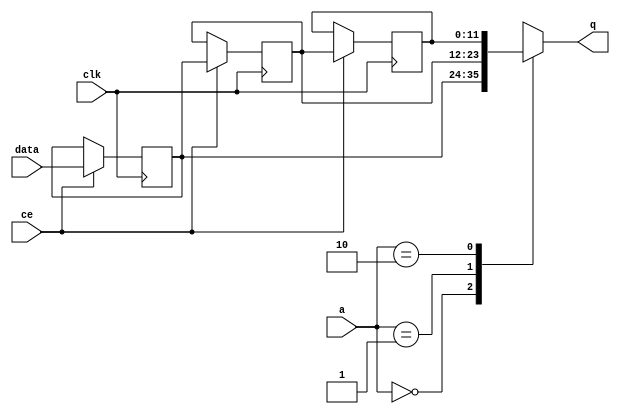
// ==============================================================
// File generated by Vivado(TM) HLS - High-Level Synthesis from C, C++ and SystemC
// Version: 2013.2
// Copyright (C) 2013 Xilinx Inc. All rights reserved.
// 
// ==============================================================


`timescale 1 ns / 1 ps

module FIFO_image_filter_p_dst_cols_V_channel_shiftReg (
    clk,
    data,
    ce,
    a,
    q);

parameter DATA_WIDTH = 32'd12;
parameter ADDR_WIDTH = 32'd2;
parameter DEPTH = 32'd3;

input clk;
input [DATA_WIDTH-1:0] data;
input ce;
input [ADDR_WIDTH-1:0] a;
output [DATA_WIDTH-1:0] q;

reg[DATA_WIDTH-1:0] SRL_SIG [0:DEPTH-1];
integer i;

always @ (posedge clk)
    begin
        if (ce)
        begin
            for (i=0;i<DEPTH-1;i=i+1)
                SRL_SIG[i+1] <= SRL_SIG[i];
            SRL_SIG[0] <= data;
        end
    end

assign q = SRL_SIG[a];

endmodule

module FIFO_image_filter_p_dst_cols_V_channel (
    clk,
    reset,
    if_empty_n,
    if_read_ce,
    if_read,
    if_dout,
    if_full_n,
    if_write_ce,
    if_write,
    if_din);

parameter MEM_STYLE = "shiftreg";
parameter DATA_WIDTH = 32'd12;
parameter ADDR_WIDTH = 32'd2;
parameter DEPTH = 32'd3;

input clk;
input reset;
output if_empty_n;
input if_read_ce;
input if_read;
output[DATA_WIDTH - 1:0] if_dout;
output if_full_n;
input if_write_ce;
input if_write;
input[DATA_WIDTH - 1:0] if_din;

wire[ADDR_WIDTH - 1:0] shiftReg_addr ;
wire[DATA_WIDTH - 1:0] shiftReg_data, shiftReg_q;
reg[ADDR_WIDTH:0] mOutPtr = {(ADDR_WIDTH+1){1'b1}};
reg internal_empty_n = 0, internal_full_n = 1;

assign if_empty_n = internal_empty_n;
assign if_full_n = internal_full_n;
assign shiftReg_data = if_din;
assign if_dout = shiftReg_q;

always @ (posedge clk) begin
    if (reset == 1'b1)
    begin
        mOutPtr <= ~{ADDR_WIDTH+1{1'b0}};
        internal_empty_n <= 1'b0;
        internal_full_n <= 1'b1;
    end
    else begin
        if (((if_read & if_read_ce) == 1 & internal_empty_n == 1) && 
            ((if_write & if_write_ce) == 0 | internal_full_n == 0))
        begin
            mOutPtr <= mOutPtr -1;
            if (mOutPtr == 0)
                internal_empty_n <= 1'b0;
            internal_full_n <= 1'b1;
        end 
        else if (((if_read & if_read_ce) == 0 | internal_empty_n == 0) && 
            ((if_write & if_write_ce) == 1 & internal_full_n == 1))
        begin
            mOutPtr <= mOutPtr +1;
            internal_empty_n <= 1'b1;
            if (mOutPtr == DEPTH-2)
                internal_full_n <= 1'b0;
        end 
    end
end

assign shiftReg_addr = mOutPtr[ADDR_WIDTH] == 1'b0 ? mOutPtr[ADDR_WIDTH-1:0]:{ADDR_WIDTH{1'b0}};
assign shiftReg_ce = (if_write & if_write_ce) & internal_full_n;

FIFO_image_filter_p_dst_cols_V_channel_shiftReg 
#(
    .DATA_WIDTH(DATA_WIDTH),
    .ADDR_WIDTH(ADDR_WIDTH),
    .DEPTH(DEPTH))
U_FIFO_image_filter_p_dst_cols_V_channel_ram (
    .clk(clk),
    .data(shiftReg_data),
    .ce(shiftReg_ce),
    .a(shiftReg_addr),
    .q(shiftReg_q));

endmodule